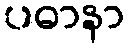
ပဓာနာ